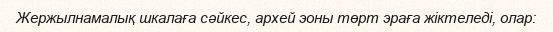
Жержылнамалық шкалаға сәйкес, архей эоны төрт эраға жіктеледі, олар: